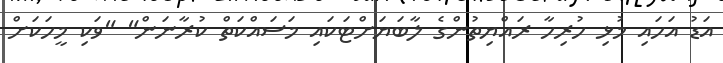
އަޑު އަހައި މުޅި ހުރިހާ ރައްޔިތުންގެ ލާބަޔަށްޓަކައި މަސައްކަތް ކުރާނަން" "ވަކި މީހަކަށް